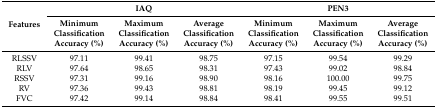
| <ROWSPAN=2> Features | <COLSPAN=3> IAQ | <COLSPAN=3> PEN3 |
 | Minimum Classification Accuracy (%) | Maximum Classification Accuracy (%) | Average Classification Accuracy (%) | Minimum Classification Accuracy (%) | Maximum Classification Accuracy (%) | Average Classification Accuracy (%) |
 | --- | --- | --- | --- | --- | --- | --- |
 | RLSSV | 97.11 | 99.41 | 98.75 | 97.15 | 99.54 | 99.29 |
 | RLV | 97.64 | 98.65 | 98.31 | 97.43 | 99.02 | 98.84 |
 | RSSV | 97.31 | 99.16 | 98.90 | 98.16 | 100.00 | 99.75 |
 | RV | 97.36 | 99.43 | 98.81 | 98.19 | 99.45 | 99.12 |
 | FVC | 97.42 | 99.14 | 98.84 | 98.41 | 99.55 | 99.51 |